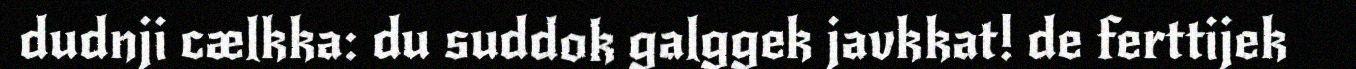
dudnji cælkka: du suddok galggek javkkat! de ferttijek